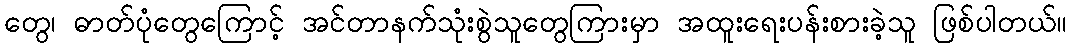
တွေ၊ ဓာတ်ပုံတွေကြောင့် အင်တာနက်သုံးစွဲသူတွေကြားမှာ အထူးရေးပန်းစားခဲ့သူ ဖြစ်ပါတယ်။